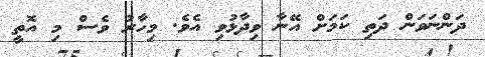
ދަންނަވަން ދަތި ކަމަށް އޭނާ ވިދާޅުވި އެވެ. މިހާރު ވެސް މި އޮތީ